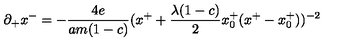
\partial _ { + } x ^ { - } = - { \frac { 4 e } { a m ( 1 - c ) } } ( x ^ { + } + { \frac { \lambda ( 1 - c ) } { 2 } } x _ { 0 } ^ { + } ( x ^ { + } - x _ { 0 } ^ { + } ) ) ^ { - 2 }